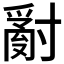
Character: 𱚢